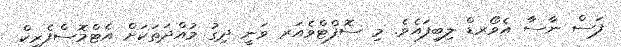
ފަސް ނާސާ އެވޯރޑް ލިބިފައެވެ. މި ސޮފްޓްވެއަރ ވަނީ ދިގު މުއްދަތަކަށް އެޓްމޮސްފެރިކް